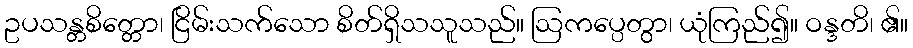
ဥပသန္တစိတ္တော၊ ငြိမ်းသက်သော စိတ်ရှိသသူသည်။ ဩကပ္ပေတွာ၊ ယုံကြည်၍။ ဝန္ဒတိ၊ ၏။